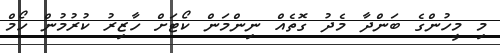
މި މީހުންގެ ބަންދާ މެދު ގޮތެއް ނިންމަން ކޯޓަށް ހާޒިރު ކުރުމުން ހޯމް